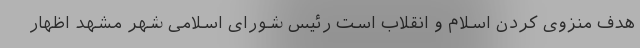
هدف منزوی کردن اسلام و انقلاب است رئیس شورای اسلامی شهر مشهد اظهار